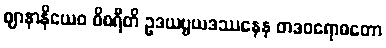
ဈာနာနိယေဝ ဝိစရီတိ ဥဒယဗ္ဗယဒဿနေန တဒဝရောဓတော